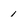
Character: 1